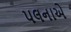
પલનાએ